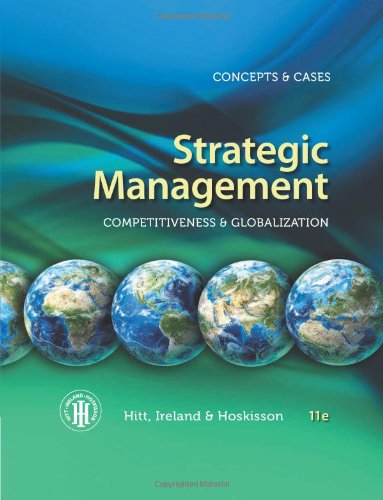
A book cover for Strategic Management: Competitiveness and Globalization- Concepts and Cases, 11th Edition; Michael A. Hitt; Business & Money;